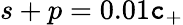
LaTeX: {s+p=0.01\mathtt{c}_{+}}